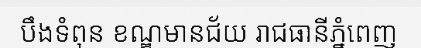
បឹងទំពុន ខណ្ឌមានជ័យ រាជធានីភ្នំពេញ